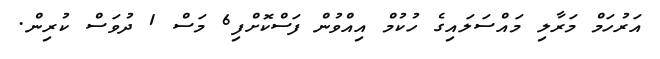
އަރުހަމް މަރާލި މައްސަލައިގެ ހުކުމް އިއްވުން ފަސްކޮށްފި6 މަސް 1 ދުވަސް ކުރިން.